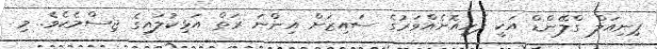
ޕިނިއަލް ގްލޭންޑް އަކީ ފެހިއޮށެއްވަރުގެ ސައިޒަށް އިންނަ ރަތް އަޅިކުލައިގެ ޖިސްމެކެވެ. މި